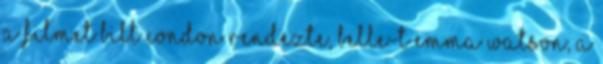
A filmet Bill Condon rendezte, Belle-t Emma Watson, a